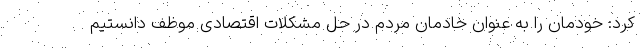
کرد: خودمان را به عنوان خادمان مردم در حل مشکلات اقتصادی موظف دانستیم